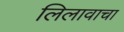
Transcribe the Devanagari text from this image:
लिलावाचा